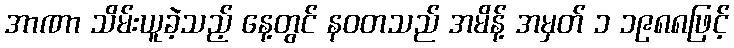
အာဏာ သိမ်းယူခဲ့သည့် နေ့တွင် နဝတသည် အမိန့် အမှတ် ၁ ၁၉၈၈ဖြင့်